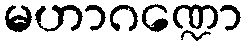
မဟာဂဏ္ဍော